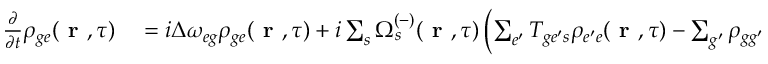
\begin{array} { r l } { \frac { \partial } { \partial t } \rho _ { { g e } } ( \textbf { r } , \tau ) } & { { } = i \Delta \omega _ { { e g } } \rho _ { { g e } } ( \textbf { r } , \tau ) + i \sum _ { s } \Omega _ { s } ^ { ( - ) } ( \textbf { r } , \tau ) \left( \sum _ { e ^ { \prime } } T _ { { g e ^ { \prime } } s } \rho _ { { e ^ { \prime } e } } ( \textbf { r } , \tau ) - \sum _ { g ^ { \prime } } \rho _ { { g g ^ { \prime } } } ( \textbf { r } , \tau ) T _ { { g ^ { \prime } e } s } \right) } \end{array}